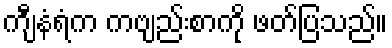
ကျီနံရံက ကဗျည်းစာကို ဖတ်ပြသည်။